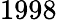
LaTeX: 1998